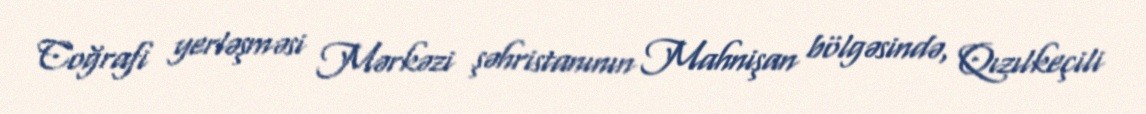
Coğrafi yerləşməsi Mərkəzi şəhristanının Mahnişan bölgəsində, Qızılkeçili